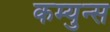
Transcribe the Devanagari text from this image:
कम्युन्स